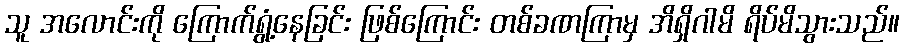
သူ အလောင်းကို ကြောက်ရွံ့နေခြင်း ဖြစ်ကြောင်း တစ်ခဏကြာမှ အိရှိဂါမိ ရိပ်မိသွားသည်။